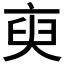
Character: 𬽑